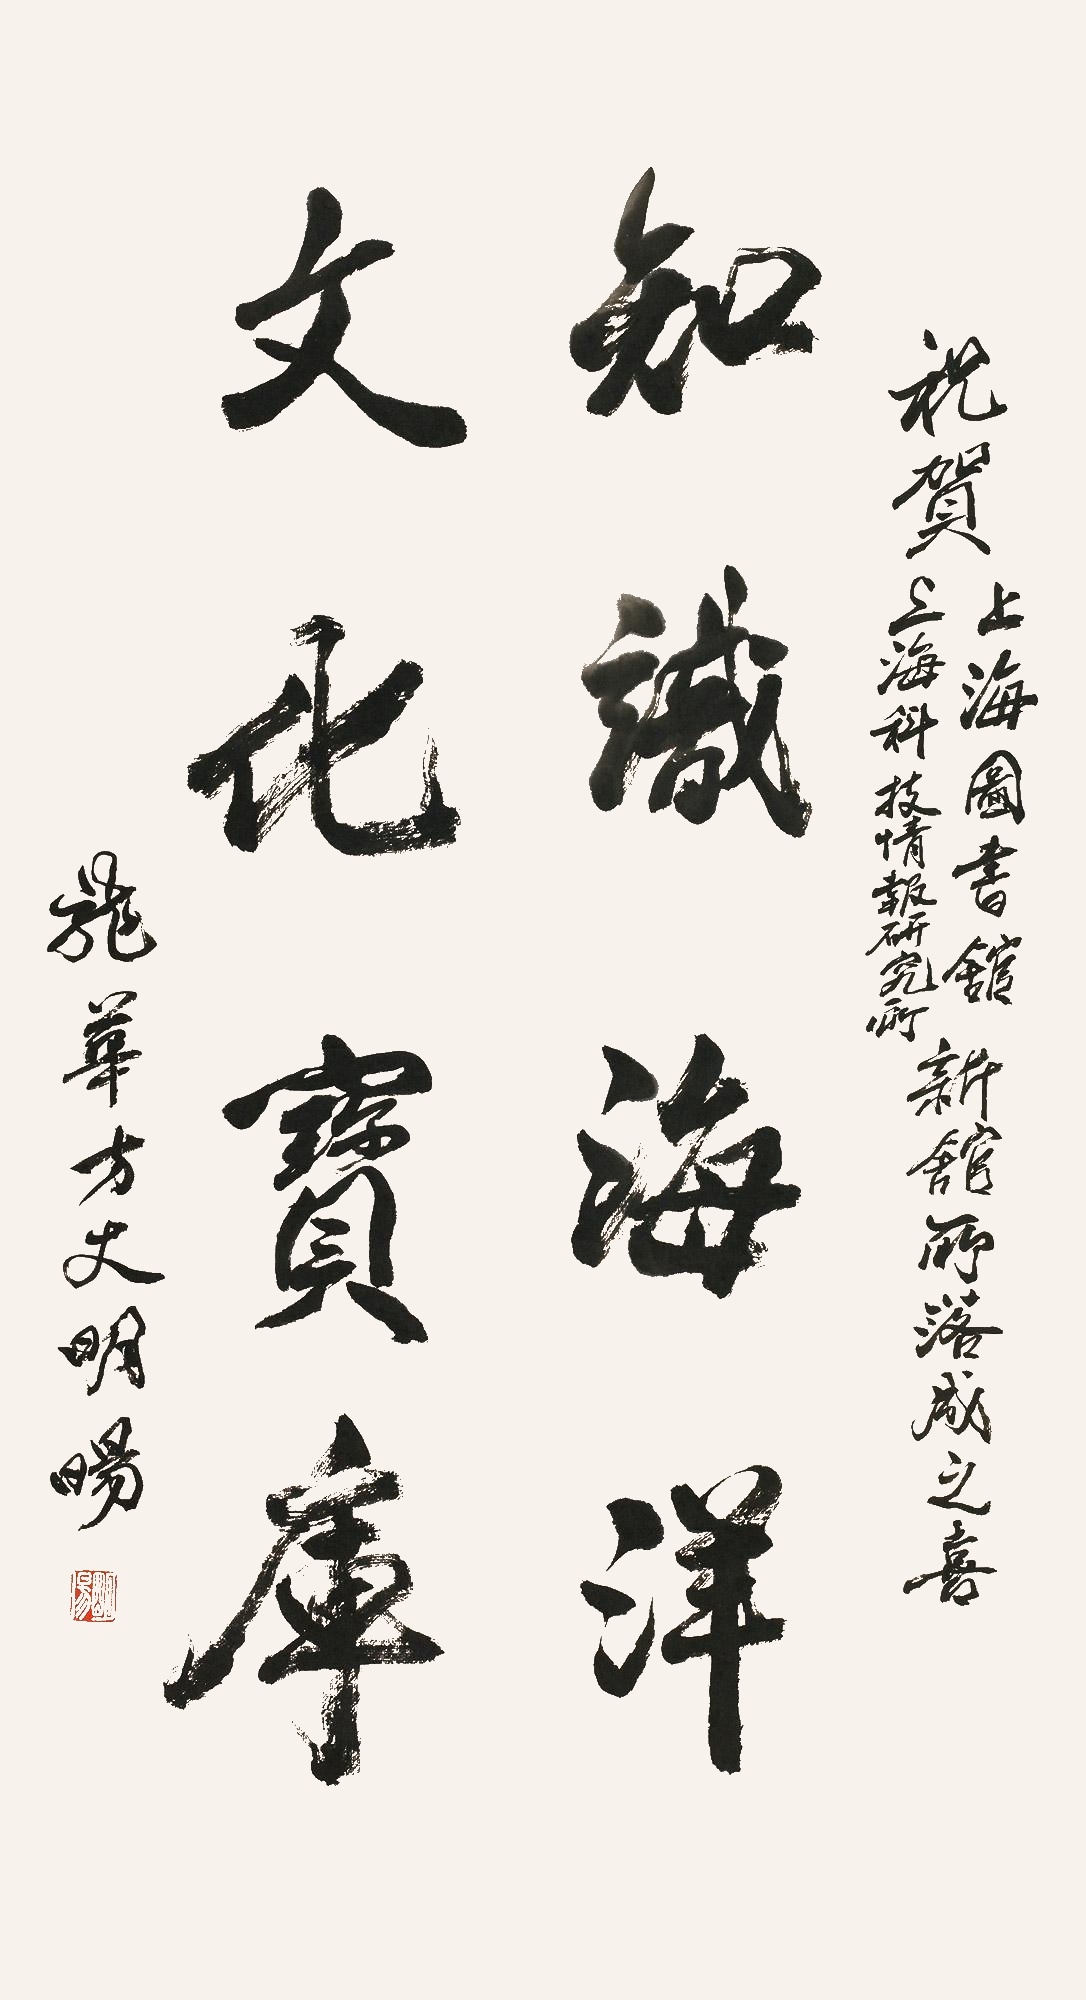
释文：知识海洋，文化宝库。祝贺上海图书馆、上海科技情报研究所，新馆所落成之喜。施华方丈明阳。